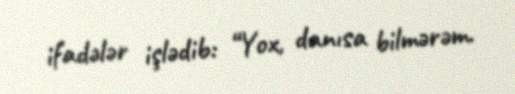
ifadələr işlədib: “Yox, danısa bilmərəm.